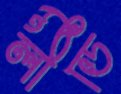
লীডি